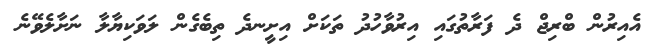
އެއިރުން ބްރިޖް ދެ ފަރާތުގައި އިރުވާހުދު ތަކަށް އިށީނދެ ތިބެގެން ލަވަކިޔާލާ ނަށާލެވޭނެ